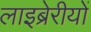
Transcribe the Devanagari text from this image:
लाइब्रेरीयों